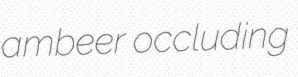
ambeer occluding